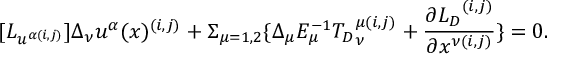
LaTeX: [ { L } _ { u ^ { \alpha ( i , j ) } } ] \Delta _ { \nu } u ^ { \alpha } ( x ) ^ { ( i , j ) } + \Sigma _ { \mu = 1 , 2 } \{ \Delta _ { \mu } E _ { \mu } ^ { - 1 } { { T } _ { D } } _ { \nu } ^ { \mu ( i , j ) } + \frac { \partial { { L } _ { D } } ^ { ( i , j ) } } { \partial x ^ { \nu ( i , j ) } } \} = 0 .